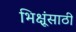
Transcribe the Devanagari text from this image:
भिक्षूंसाठी